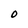
Character: 0